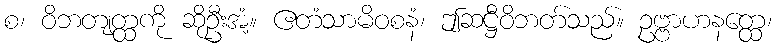
စ၊ ဝိဘတျတ္ထကို ဆိုဦးအံ့။ ဧတံသာမိဝစနံ၊ ဤဆဋ္ဌီဝိဘတ်သည်။ ဥဗ္ဗာဟနတ္ထေ၊